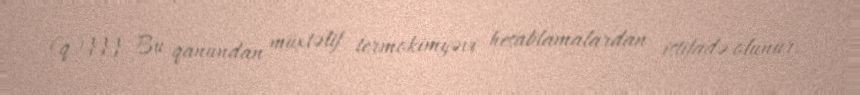
(q)}}} Bu qanundan müxtəlif termokimyəvi hesablamalardan istifadə olunur.